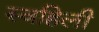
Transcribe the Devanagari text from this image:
स्वहिली